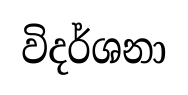
විදර්ශනා